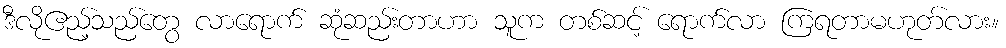
ဒီလိုဧည့်သည်တွေ လာရောက် ဆုံဆည်းတာဟာ သူက တစ်ဆင့် ရောက်လာ ကြရတာမဟုတ်လား။